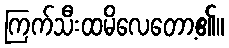
ကြက်သီးထမိလေတော့၏။